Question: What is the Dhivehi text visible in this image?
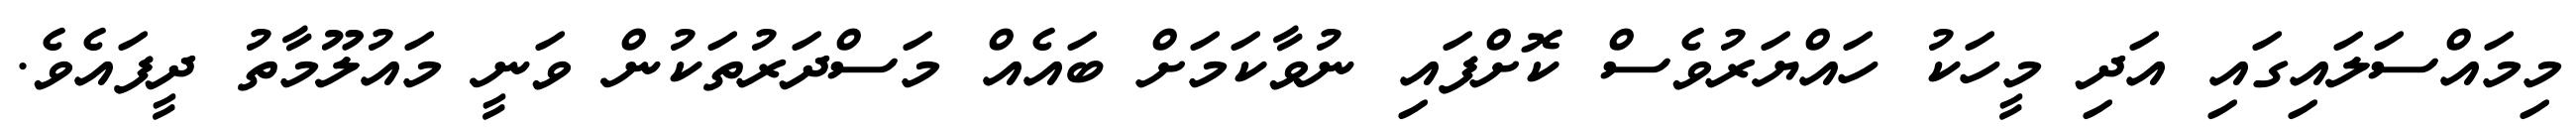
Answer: މިމައްސަލައިގައި އަދި މީހަކު ހައްޔަރުވެސް ކޮށްފައި ނުވާކަމަށް ބައެއް މަސްދަރުތަކުން ވަނީ މައުލޫމާތު ދީފައެވެ.